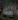
الله